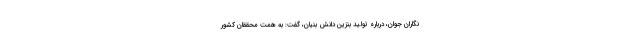
نگاران جوان، درباره تولید بنزین دانش بنیان، گفت: به همت محققان کشور